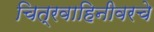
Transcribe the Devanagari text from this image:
चित्रवाहिनीवरचे